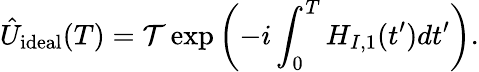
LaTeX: \hat{U}_{\mathrm{ideal}}(T)=\mathcal{T}\exp\left(-i\int_{0}^{T}H_{I,1}(t^{\prime})dt^{\prime}\right).